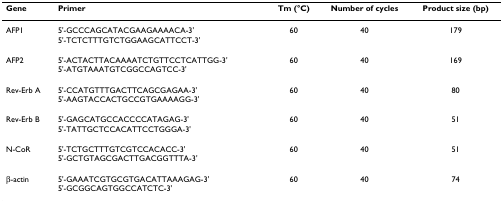
| Gene | Primer | Tm (°C) | Number of cycles | Product size (bp) |
 | --- | --- | --- | --- | --- |
 | AFP1 | 5'-GCCCAGCATACGAAGAAAACA-3'5'-TCTCTTTGTCTGGAAGCATTCCT-3' | 60 | 40 | 179 |
 | AFP2 | 5'-ACTACTTACAAAATCTGTTCCTCATTGG-3'5'-ATGTAAATGTCGGCCAGTCC-3' | 60 | 40 | 169 |
 | Rev-Erb A | 5'-CCATGTTTGACTTCAGCGAGAA-3'5'-AAGTACCACTGCCGTGAAAAGG-3' | 60 | 40 | 80 |
 | Rev-Erb B | 5'-GAGCATGCCACCCCATAGAG-3'5'-TATTGCTCCACATTCCTGGGA-3' | 60 | 40 | 51 |
 | N-CoR | 5'-TCTGCTTTGTCGTCCACACC-3'5'-GCTGTAGCGACTTGACGGTTTA-3' | 60 | 40 | 51 |
 | β-actin | 5'-GAAATCGTGCGTGACATTAAAGAG-3'5'-GCGGCAGTGGCCATCTC-3' | 60 | 40 | 74 |